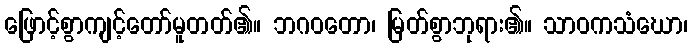
ဖြောင့်စွာကျင့်တော်မူတတ်၏။ ဘဂဝတော၊ မြတ်စွာဘုရား၏။ သာဝကသံဃော၊